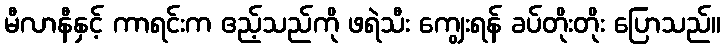
မီလာနီနှင့် ကာရင်းက ဧည့်သည်ကို ဖရဲသီး ကျွေးရန် ခပ်တိုးတိုး ပြောသည်။